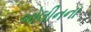
બોલીનના